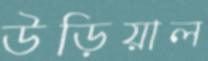
উড়িয়াল